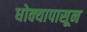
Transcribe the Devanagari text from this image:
धोक्यापासून